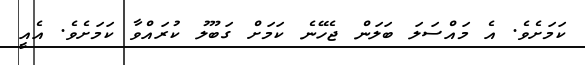
ކަމަށެވެ. އެ މައްސަލަ ބަލަން ޖެހޭނެ ކަމަށް ގަބޫލު ކުރައްވާ ކަމަށެވެ. އެއީ